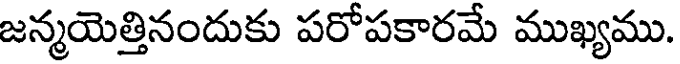
జన్మయెత్తినందుకు పరోపకారమే ముఖ్యము.